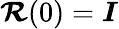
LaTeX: \boldsymbol{\mathcal{R}}(0)=\boldsymbol{I}